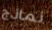
نماذج